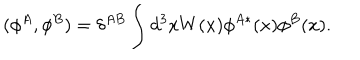
( \phi ^ { A } , \phi ^ { B } ) = \delta ^ { A B } \int d ^ { 3 } x W ( x ) \phi ^ { A * } ( x ) \phi ^ { B } ( x ) .